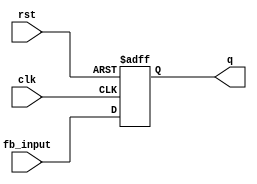
module feedback_register (
    input wire clk,          // Clock signal
    input wire rst,          // Asynchronous reset signal
    input wire [N-1:0] fb_input, // Feedback input (N bits wide)
    output reg [N-1:0] q     // Current state of the register (N bits wide)
);
    
    parameter N = 4; // Define the width of the register (Change as needed)

    // Asynchronous reset and feedback logic
    always @(posedge clk or posedge rst) begin
        if (rst) begin
            q <= {N{1'b0}}; // Reset q to 0 (N bits)
        end else begin
            q <= fb_input;  // Update q with the feedback input
        end
    end

endmodule